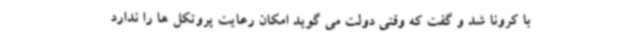
با کرونا شد و گفت که وقتی دولت می گوید امکان رعایت پروتکل ها را ندارد